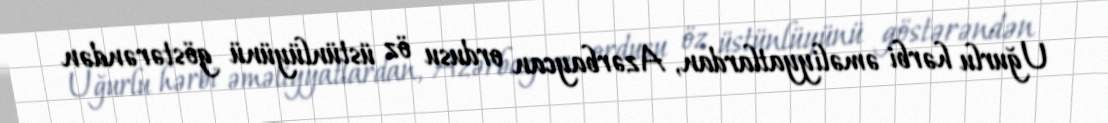
Uğurlu hərbi əməliyyatlardan, Azərbaycan ordusu öz üstünlüyünü göstərəndən